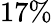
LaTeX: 17\%